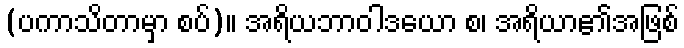
(ပကာသိတာမှာ စပ်)။ အရိယဘာဝါဒယော စ၊ အရိယာ၏အဖြစ်